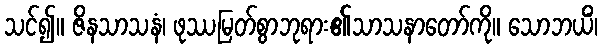
သင်၍။ ဇိနသာသနံ၊ ဖုဿမြတ်စွာဘုရား၏သာသနာတော်ကို။ သောဘယိံ၊